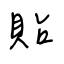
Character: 貼